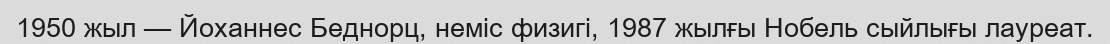
1950 жыл — Йоханнес Беднорц, неміс физигі, 1987 жылғы Нобель сыйлығы лауреат.